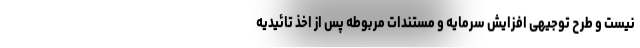
نیست و طرح توجیهی افزایش سرمایه و مستندات مربوطه پس از اخذ تائیدیه